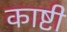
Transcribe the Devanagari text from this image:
काष्टी